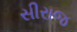
સીરાજ